Cholera in southern India
Disease focus: Cholera
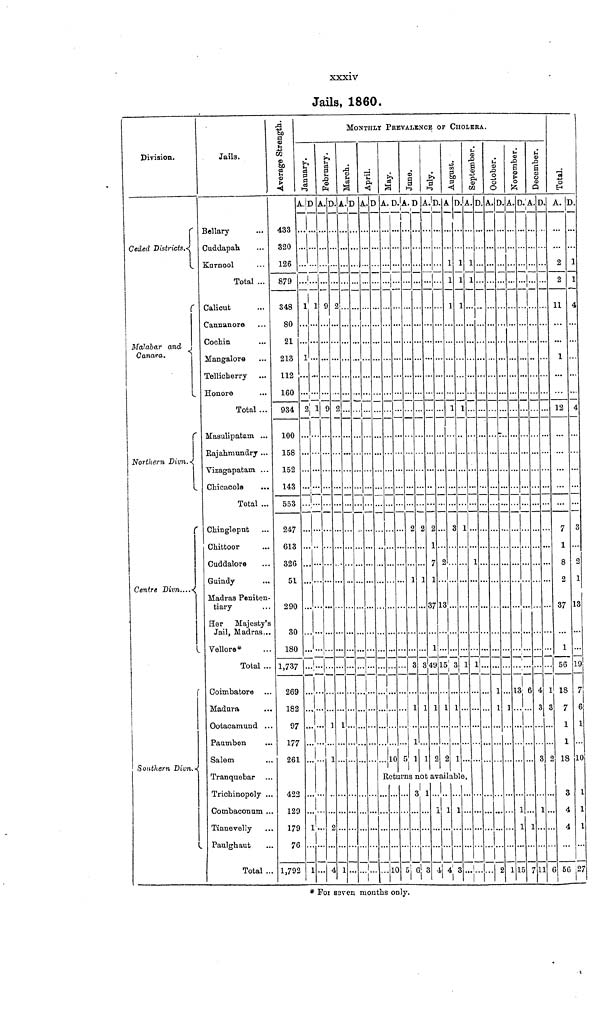
xxxiv
Jails, 1860.
Division.
Ceded Districts.
Malabar and
Canara.
Northern Divn.
Centra Divn....
Southern Divn.
Jails.
Bellary
Cuddapah.
Kurnool
Total ...
Calicut
Cannanore
Cochin
Mangalore
Tellicherry
Honore
Total ...
Masulipatam ...
Rajahmundry ...
Vizagapatam ...
Chicacole
Total ...
Chingleput
Chittoor
Cuddalore
Guindy
Madras Peniten-
tiary
Her
Majesty's
Jail, Madras..
Vellore*
Total ..
Coimbatore
Madura
Ootacamund ..
Pauumben
Salem
...
Tranquebar
Trichinopoly ...
Combaconum ...
Tinnevelly
Paulghaut
Total ...
Ave r
a ge St r
enght
A.
433
... 320
...
126
...
879
...
348
1
80
...
21
...
213
1
112
... 160
...
934
2
100
...
158
... 152
... 143
...
553
...
247
... 613
... 326
... 51
290
80
180
1,737
...
269
... 182
97
177
261
422
120
17
E>
7
3
1,792
MONTHLY PREVALENCE OF CHOLERA.
January.
D
...
...
...
1
1
...
...
...
...
...
1
...
...
...
...
...
...
...
...
...
...
...
...
...
...
...
...
...
...
...
...
1
1
February.
A.
...
...
...
...
9
...
...
...
...
...
9
...
...
...
...
...
...
...
...
...
...
...
...
...
...
...
...
...
...
...
...
...
D.
...
...
...
...
2
...
...
...
...
...
2
...
...
...
...
...
...
...
...
...
...
...
...
...
...
...
1
...
1
...
...
4
March..
A.
...
...
...
...
...
...
...
...
...
...
...
...
...
...
...
...
...
...
...
...
...
...
...
...
...
...
1
...
...
...
...
1
D.
...
...
...
...
...
...
...
...
...
...
...
...
...
...
...
...
...
...
...
...
...
...
...
...
...
...
...
...
...
...
...
...
April.
A.
...
...
…
...
...
...
...
...
...
...
...
...
...
...
...
...
...
...
...
...
...
...
...
...
...
...
...
...
...
...
...
...
...
...
...
...
...
...
...
...
...
...
...
...
...
...
...
...
...
...
...
...
...
...
...
...
...
...
...
...
...
...
...
...
May.
A.
...
...
...
...
...
...
...
...
...
...
...
...
...
...
...
...
...
...
...
...
...
...
...
...
...
...
...
...
...
Re
...
...
...
D.
...
...
...
...
...
...
...
...
...
...
...
...
...
...
...
...
...
...
...
...
...
...
...
...
...
...
...
...
10
tu
...
...
10
June.
A.
1
...
...
...
...
...
...
...
...
...
...
...
...
...
...
...
...
2
...
...
1
...
...
...
...
...
...
...
...
5
rns
...
...
5
D
...
...
...
...
...
...
...
...
...
...
...
...
...
...
...
...
2
...
...
1
...
...
...
8
...
...
...
...
1
no
...
...
6
July.
A.
...
...
...
...
...
...
...
...
...
...
...
...
...
...
...
...
2
1...
7
1
37
...
...
8
...
1
...
1
1
t a
3
...
3
D.
...
...
...
...
...
...
...
...
...
...
...
...
...
...
...
...
...
...
...
13
...
...
19
...
1
...
...
2
va
1
...
4
August.
A
...
...
1
1
1
...
...
...
...
...
1
...
...
...
...
...
3
...
2
...
...
...
...
8
...
1
...
...
2
ila
...
1
4
D.
...
...
1
1
1
...
...
...
...
...
1
...
...
...
...
...
1
...
...
...
...
...
...
1
...
1
...
...
1
ble
...
1
3
September.
A.
...
...
1
1
...
...
...
...
...
...
...
...
...
...
...
...
...
...
...
...
...
...
...
1
...
...
...
...
...
•
...
1
...
D.
...
...
...
...
...
...
...
...
...
...
...
...
...
...
...
...
...
...
...
...
...
...
...
...
...
...
...
...
...
...
...
October.
A.
...
...
...
...
...
...
...
...
...
...
...
...
...
...
...
...
...
...
...
...
...
...
...
...
1
...
...
...
...
...
...
...
D.
...
...
...
...
...
...
...
...
...
...
...
...
...
...
...
...
...
...
...
...
...
...
...
...
...
1
...
...
...
...
...
2
November.
A.
...
...
...
...
...
...
...
...
...
...
...
...
...
...
...
...
...
...
...
...
...
...
...
...
13
1
...
...
...
...
...
1
D.
...
...
...
...
...
...
...
...
...
...
...
...
...
...
...
...
...
...
...
...
...
...
...
i
...
6
...
...
...
...
...
1
1
15
December.
A.
...
...
...
...
...
...
...
...
...
...
...
...
...
...
...
...
...
...
...
...
...
...
...
...
4
...
...
...
...
...
1
•j
7
...
...
...
...
...
...
...
...
...
...
...
...
...
...
...
...
...
...
...
...
...
...
...
...
1
3
...
...
3
...
...
11
Total.
A.
...
...
2
2
11
...
...
1
...
...
12
...
...
...
...
...
7
1
8
2
37
...
1
56
18
3 7
1
1
2 18
...
4
56
D.
...
...
1
1
4
...
...
...
...
...
4
...
...
...
...
...
8
...
2
1
13
...
19
7
6
1
...
10
3 1
1
4 1
27
* For saven months only.